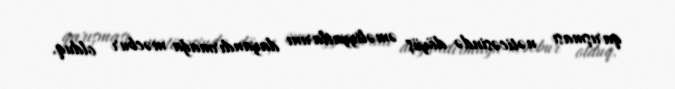
qarışması nəticəsində döyüş əməliyyatlarını dayandırmağa məcbur olduq.